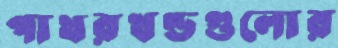
পাথরখণ্ডগুলোর